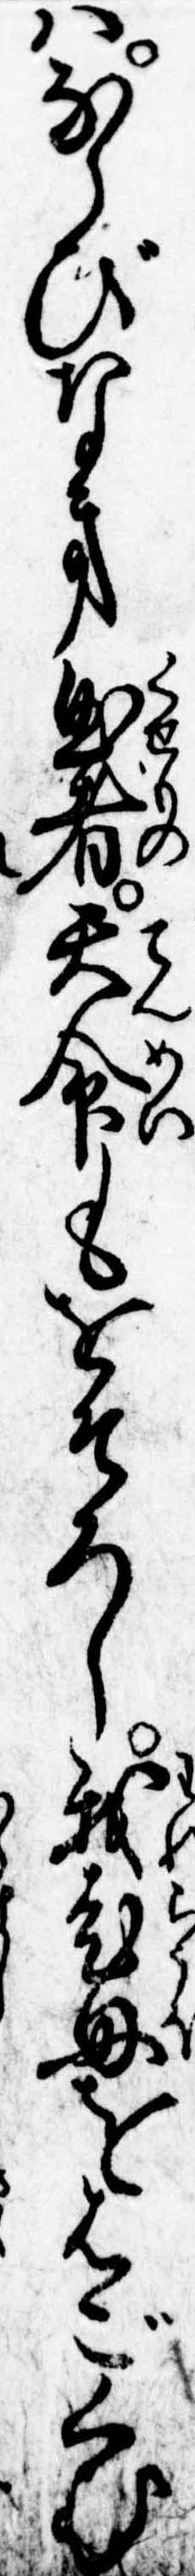
はならびなき曲者天命もをそろし我老母をはごくむ